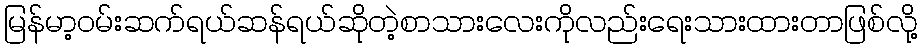
မြန်မာ့ဝမ်းဆက်ရယ်ဆန်ရယ်ဆိုတဲ့စာသားလေးကိုလည်းရေးသားထားတာဖြစ်လို့